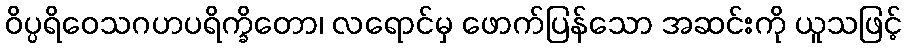
ဝိပ္ပရိဝေသဂဟပရိက္ခိတော၊ လရောင်မှ ဖောက်ပြန်သော အဆင်းကို ယူသဖြင့်